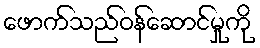
ဖောက်သည်ဝန်ဆောင်မှုကို